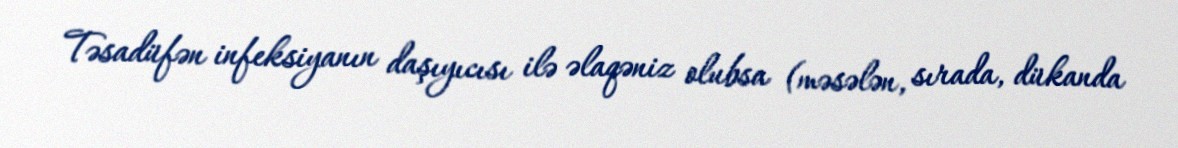
Təsadüfən infeksiyanın daşıyıcısı ilə əlaqəniz olubsa (məsələn, sırada, dükanda